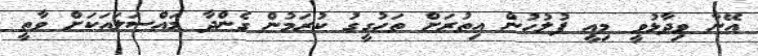
އޭނާ ވިދާޅުވީ މިއީ ފުލުހުން އިތުރަށް ތަހުގީގު ކުރަމުން ގެންދާ މައްސަލައަކަށް ވާތީ